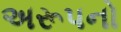
અરૂપનો